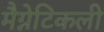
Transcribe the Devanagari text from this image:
मैग्नेटिकली